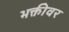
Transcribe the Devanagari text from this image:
भक्तीवर